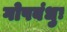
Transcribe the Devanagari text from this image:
गोपबंधुः